Indian journal of veterinary science and animal husbandry - Volumes 15-17, 1948-1951
Year: 1948
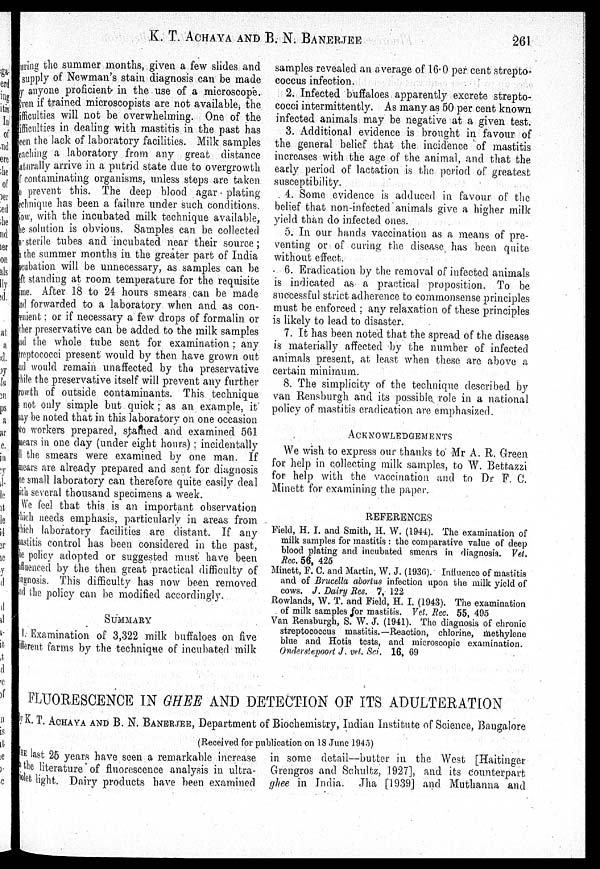
K.T. ACHAYA AND B. N. BANERJEE 261
uring the summer months, given a few slides and
supply of Newman's stain diagnosis can be made
y anyone proficient in the use of a microscope.
yen if trained microscopists are not available, the
ifficulties will not be overwhelming. One of the
ifficulties in dealing with mastitis in the past has
cen the lack of laboratory facilities. Milk samples
caching a laboratory from any great distance
aturally arrive in a putrid state due to overgrowth
contaminating organisms, unless steps are taken
prevent this. The deep blood agar plating
chniqne has been a failure under such conditions.
ow, with the incubated milk technique available,
e solution is obvious. Samples can be collected
sterile tubes and incubated near their source;
the summer months in the greater part of India
cubation will be unnecessary, as samples can be
ft standing at room temperature for the requisite
me. After 18 to 24 hours smears can be made
nd forwarded to a laboratory when and as con-
enient; or if necessary a few drops of formalin or
ther preservative can be added to the milk samples
nd the whole tube sent for examination; any
reptococei present would by then have grown out
nd would remain unaffected by the preservative
hile the preservative itself will prevent any further
rowth of outside contaminants. This technique
not only simple but quick; as an example, it
ay be noted that in this laboratory on one occasion
wo workers prepared, starned and examined 561
nears in one day (under eight hours); incidentally
II the smears were examined by one man. If
nears are already prepared and sent for diagnosis
ne small laboratory can therefore quite easily deal
ith several thousand specimens a week.
We feel that this is an important observation
hich needs emphasis, particularly in areas from
hi ch laboratory facilities are distant. If any
astitis control has been considered in the past,
he policy adopted or suggested must have been
fluenced by the then great practical difficulty of
iagnosis. This difficulty has now been removed
nd the policy can be modified accordingly.
SUMMARY
Examination of 3,322 milk buffaloes on five
ifferent farms by the technique of incubated milk
samples revealed an average of 16.0 per cent strepto
coccus infection.
2. Infected buffaloes apparently excrete strepto
cocci intermittently. As many as 50 per cent known
infected animals may be negative at a given test
3. Additional evidence is brought in favour of
the general belief that the incidence of mastitis
increases with the age of the animal, and that the
early period of lactation is the period of greates
susceptibility.
4. Some evidence is adduced in favour of the
belief that non-infected animals give a higher milk
yield than do infected ones.
5. In our hands vaccination as a means of pre-
venting or of curing the disease has been quite
without effect.
6. Eradication by the removal of infected animals
is indicated as a practical proposition. To be
successful strict adherence to commonsense principles
must be enforced; any relaxation of these principles
is likely to lead to disaster.
7. It has been noted that the spread of the disease
is materially affected by the number of infected
animals present, at least when these are above a
certain minimum.
8. The simplicity of the technique described by
van Rensburgh and its possible role in a nationa
policy of mastitis eradication are emphasized.
ACKNOWLEDGEMENTS
We wish to express our thanks to Mr A. R. Green
for help in collecting milk samples, to W. Bettazzi
for help with the vaccination and to Dr F. C.
Minett for examining the paper.
REFERENCES
Field, H. I. and Smith, H. W. (1944). The examination of
milk samples for mastitis: the comparative value of deep
blood plating and incubated smears in diagnosis. Vet.
Rec. 56, 425
Minett, F. C. and Martin, W. J. (1936). Influence of mastitis
and of Brucella abortus infection upon the milk yield of
cows. J. Dairy Res. 7, 122
Rowlands, W. T. and Field, H. I. (1943). The examination
of milk samples for mastitis. Vet. Rec. 55, 495
Van Rensburgh, S. W. J. (1941). The diagnosis of chronic
streptococcus mastitis.—Reaction, chlorine, methylene
blue and Hotis tests, and microscopic examination.
Onderstepoort J. vet. Sci. 16, 69
FLUORESCENCE IN GHEE AND DETECTION OF ITS ADULTERATION
K. T. ACHAYA AND B. N. BANERJEE, Department of Biochemistry, Indian Institute of Science, Bangalore
(Received for publication on 18 June 1945)
THE last 25 years have seen a remarkable increase
the literature of fluorescence analysis in ultra-
violet light. Dairy products have been examined
in some detail—butter in the West [Haitinger
Grengros and Schultz, 1927], and its counterpart
ghee in India. Jha [1939] and Muthanna and